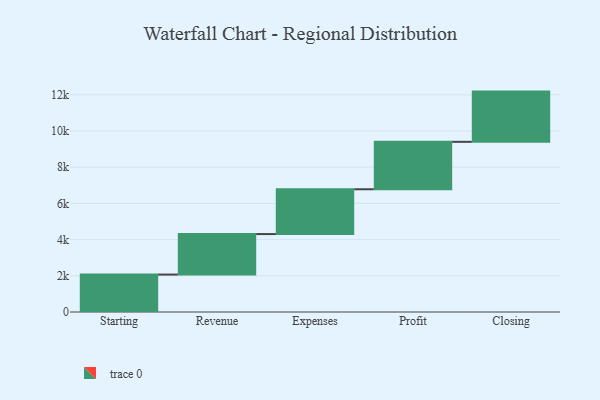
{"axis": {"x": "Step", "y": "Value"}, "legend": [""], "data": [{"x": "Starting", "y": 2068.0, "type": ""}, {"x": "Revenue", "y": 2238.0, "type": ""}, {"x": "Expenses", "y": 2476.0, "type": ""}, {"x": "Profit", "y": 2621.0, "type": ""}, {"x": "Closing", "y": 2775.0, "type": ""}]}